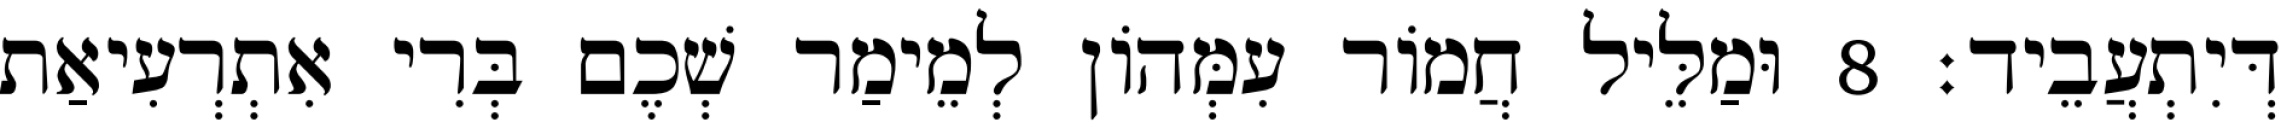
דְּיִתְעֲבֵיד׃ 8 וּמַלֵּיל חֲמוֹר עִמְּהוֹן לְמֵימַר שְׁכֶם בְּרִי אִתְרְעִיאַת